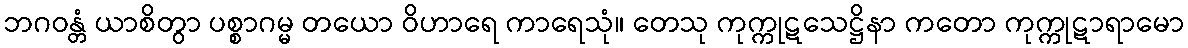
ဘဂဝန္တံ ယာစိတွာ ပစ္စာဂမ္မ တယော ဝိဟာရေ ကာရေသုံ။ တေသု ကုက္ကုဋသေဋ္ဌိနာ ကတော ကုက္ကုဋာရာမော